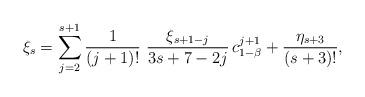
LaTeX: \begin{align*} \xi_s= \sum_{j=2}^{s+1}\frac{1}{(j+1)!}\ \frac{\xi_{s+1-j}}{3s+7-2j}\, c_{1-\beta}^{j+1}+ \frac{\eta_{s+3}}{(s+3)!},\end{align*}